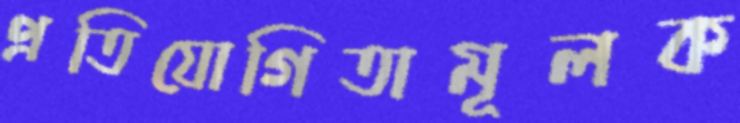
প্রতিযোগিতামূলক